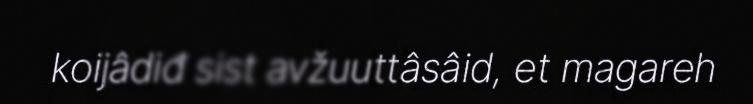
koijâdiđ sist avžuuttâsâid, et magareh